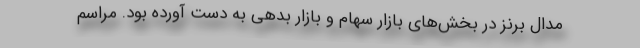
مدال برنز در بخش‌های بازار سهام و بازار بدهی به دست آورده بود. مراسم